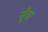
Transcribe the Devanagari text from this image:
सूँवर